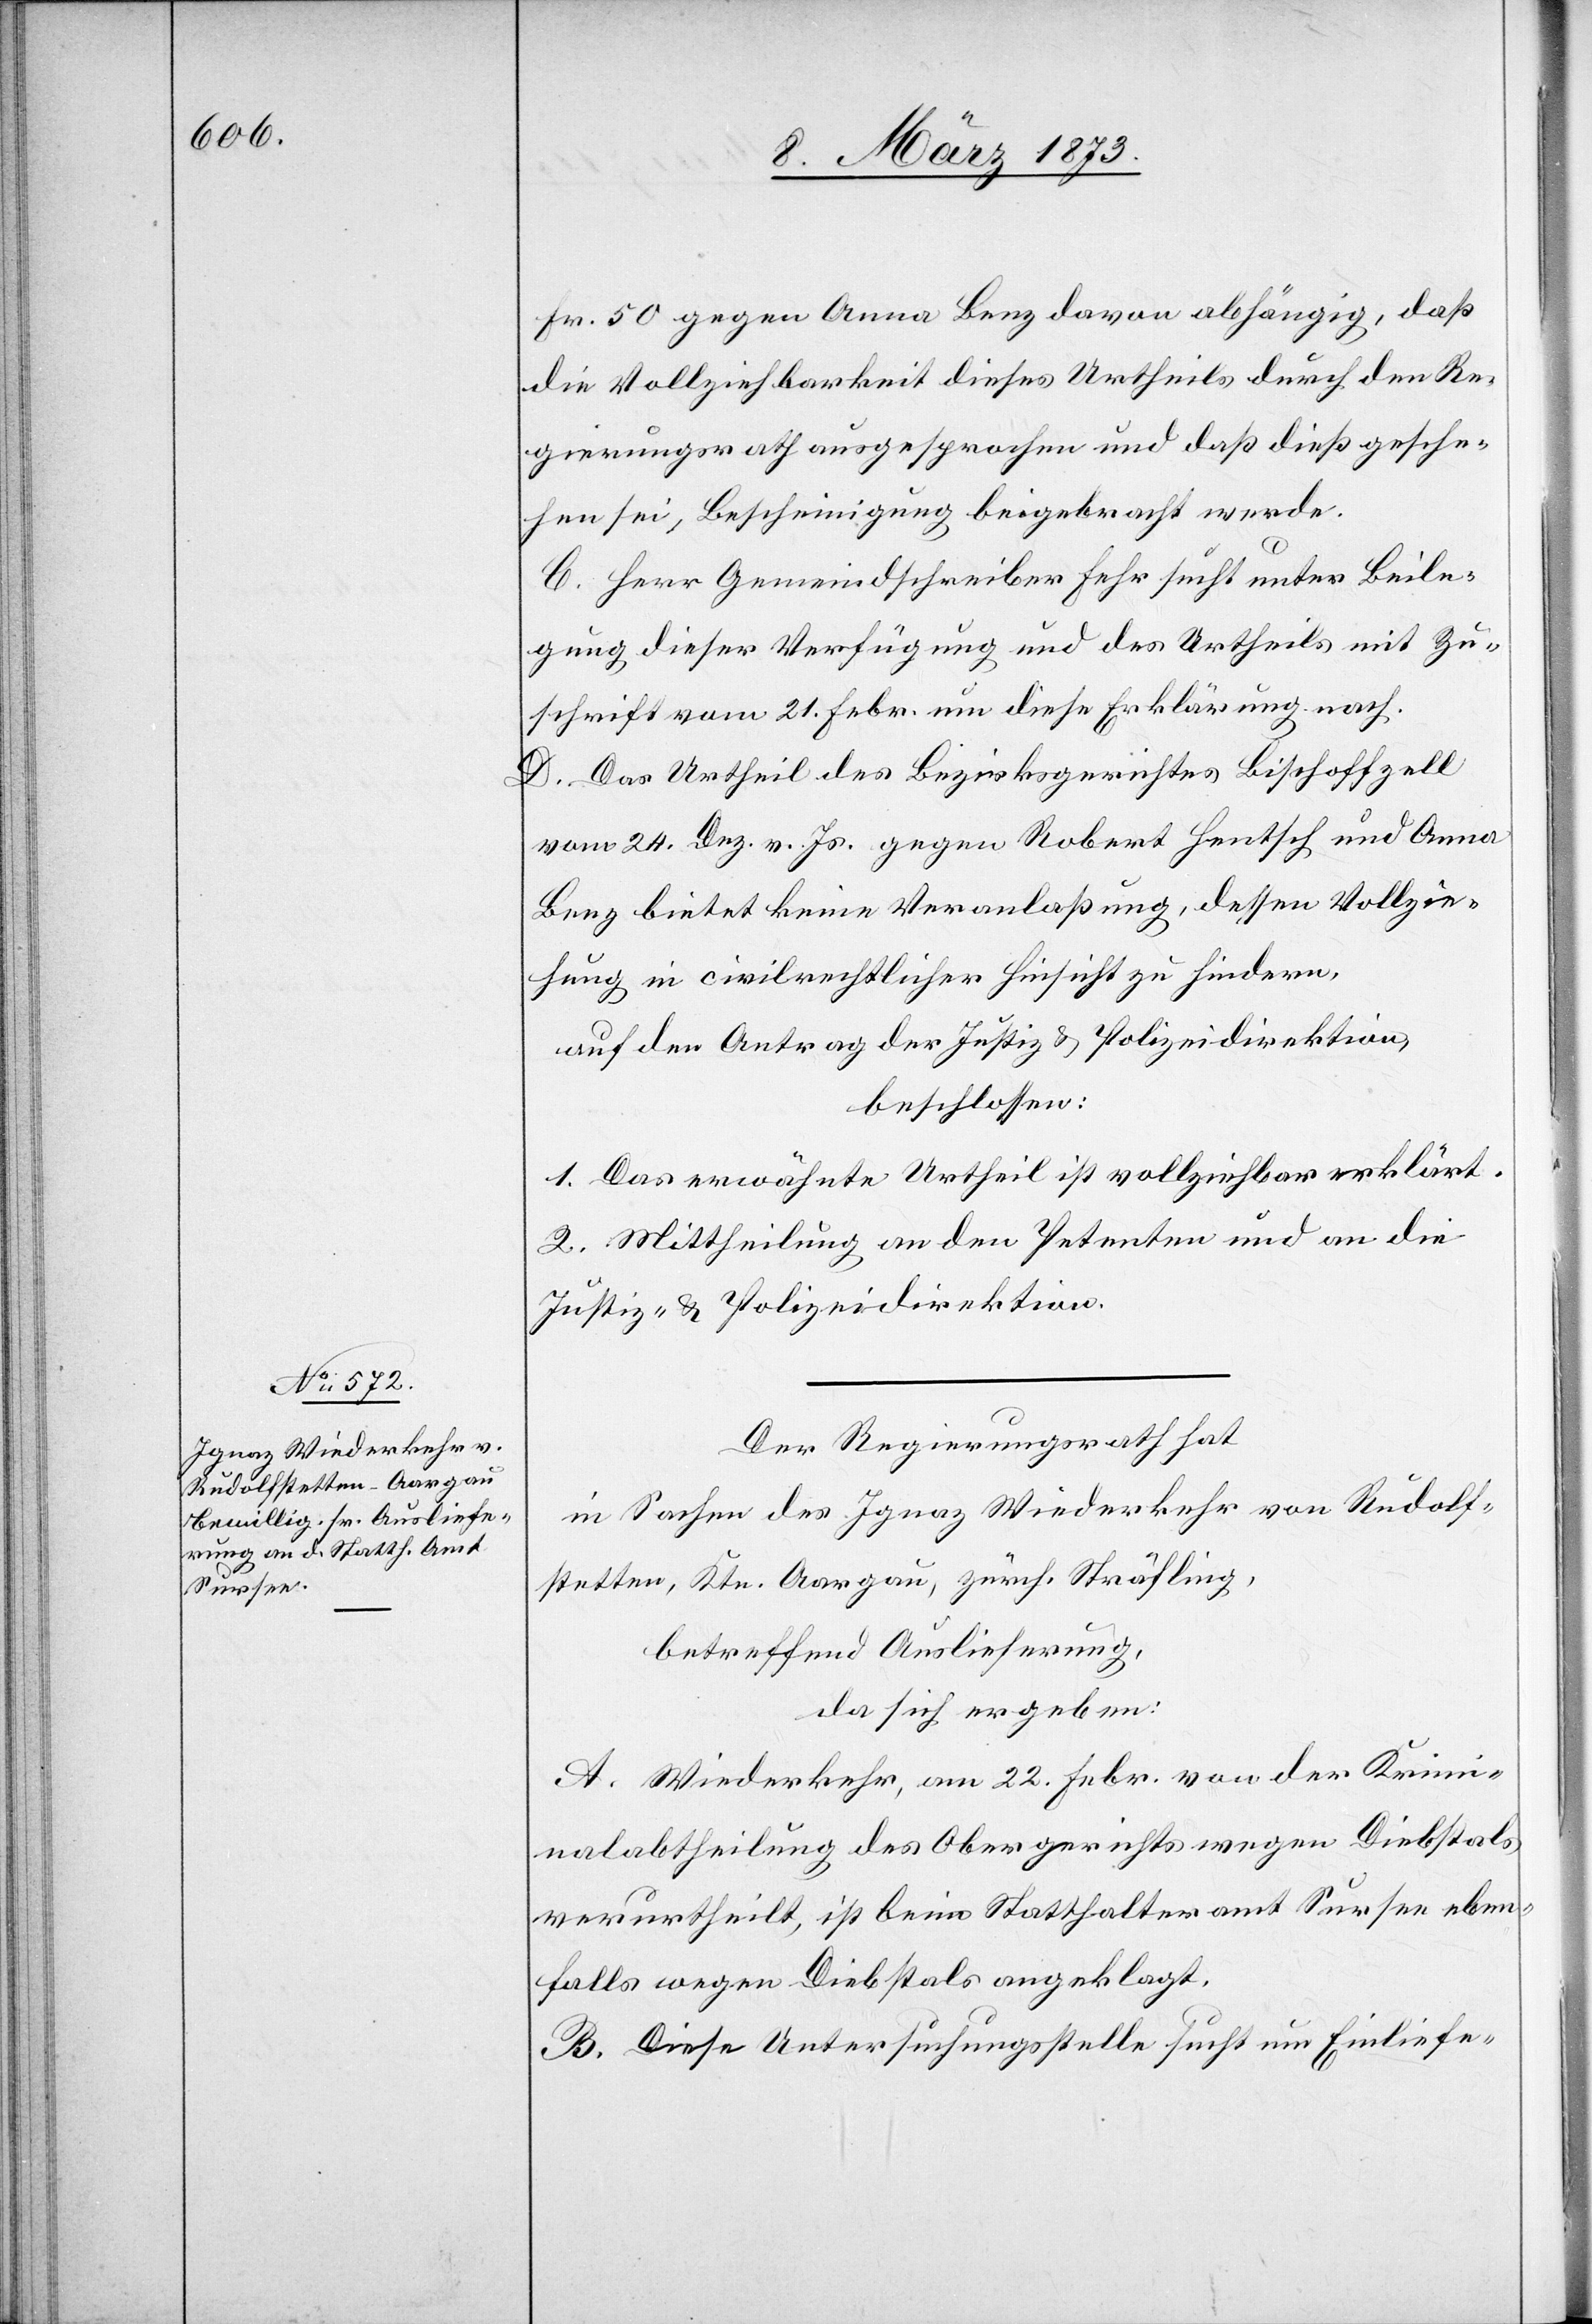
Fr. 50 gegen Anna Benz davon abhängig, daß
die Vollziehbarkeit dieses Urtheils durch den Re¬
gierungsrath ausgesprochen und daß dieß gesche¬
hen sei, Bescheinigung beigebracht werde.
C. Herr Gemeindschreiber Fehr sucht unter Beile¬
gung dieser Verfügung und des Urtheils mit Zu¬
schrift vom 21. Febr. um diese Erklärung nach.
D. Das Urtheil des Bezirksgerichtes Bischoffzell
vom 24. Dez. v. Js. gegen Robert Hentsch und Anna
Benz bietet keine Veranlaßung, dessen Vollzie¬
hung in civilrechtlicher Hinsicht zu hindern,
auf den Antrag der Justiz- u. Polizeidirektion,
beschlossen:
1. Das erwähnte Urtheil ist vollziehbar erklärt.
2. Mittheilung an den Petenten und an die
Justiz- u. Polizeidirektion.
Der Regierungsrath hat
in Sachen des Ignaz Wiederkehr von Rudolf¬
stetten, Ktn. Aargau, zürch. Sträfling,
betreffend Auslieferung,
da sich ergeben:
A. Wiederkehr, am 22. Febr. von der Krimi¬
nalabtheilung des Obergerichts wegen Diebstals
verurtheilt, ist beim Statthalteramt Sursee eben¬
falls wegen Diebstals angeklagt.
B. Diese Untersuchungsstelle sucht um Einliefe-